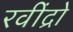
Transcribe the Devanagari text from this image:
रवींद्रो